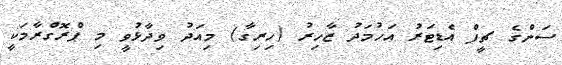
ސަންގެ ޗީފް އެޑިޓަރު އަހުމަދު ޒާހިރު (ހިރިގާ) މިއަދު ވިދާޅުވީ މި ޕްރޮގްރާމަކީ